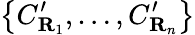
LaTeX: \left\{ C_{\mathbf{R}_{1}}^{\prime},\ldots,C_{\mathbf{R}_{n}}^{\prime}\right\}